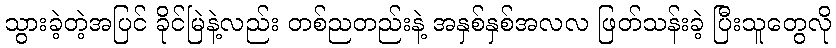
သွားခဲ့တဲ့အပြင် ခိုင်မြဲနဲ့လည်း တစ်ညတည်းနဲ့ အနှစ်နှစ်အလလ ဖြတ်သန်းခဲ့ ပြီးသူတွေလို